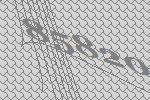
85820